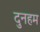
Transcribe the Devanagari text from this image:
दुनहम